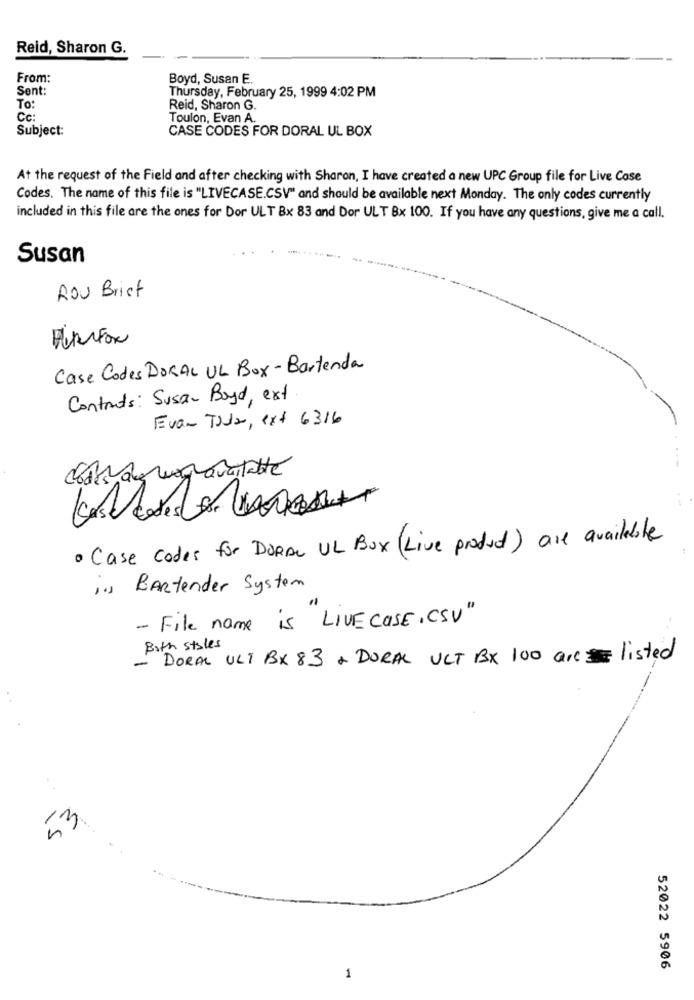
Reid, Sharon G.
From:
Boyd, Susan E.
Sent:
Thursday, February 25, 1999 4:02 PM
To:
Reid, Sharon G.
Cc:
Toulon, Evan A.
Subject:
CASE CODES FOR DORAL UL BOX
At the request of the Field and after checking with Sharon, I have created a new UPC Group file for Live Cose
Codes. The name of this file is "LIVECASE.CSV" and should be available next Monday. The only codes currently
included in this file are the ones for Dor ULT Bx 83 and Dor ULT Bx 100. If you have any questions, give me a call.
Susan
Rou Brief
Case Codes DORAL UL Box - Bartenda
Contrats: Susan Boyd, ext
Evan Tada, ext 6316
--
· Case codes for DORAL UL Box (Live product) are available
1. BARtender System
- File name is "LIVE COSE . CSV "
Both styles
DORAL ULT BX 83 + DORAL UCT BX 100 arelisted
53
52022 5906
1